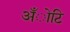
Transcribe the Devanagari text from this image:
अँोटि